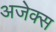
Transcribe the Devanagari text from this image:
अजेक्स